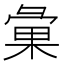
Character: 𢑥